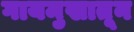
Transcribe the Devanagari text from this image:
गायमुखातून